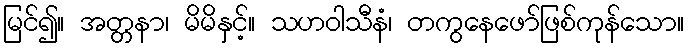
မြင်၍။ အတ္တနာ၊ မိမိနှင့်။ သဟဝါသီနံ၊ တကွနေဖော်ဖြစ်ကုန်သော။